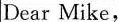
Dear Mike,